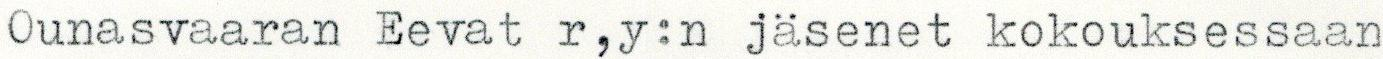
Ounasvaaran Eevat r,y:n jäsenet kokouksessaan